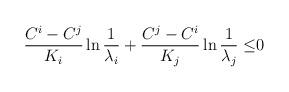
LaTeX: \begin{align*}\frac{C^{i}-C^{j}}{K_{i}}\ln \frac{1}{\lambda_{i}} +\frac{C^{j}-C^{i}}{K_{j}}\ln \frac{1}{\lambda_{j}} \leq &0\end{align*}